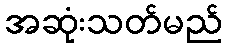
အဆုံးသတ်မည်